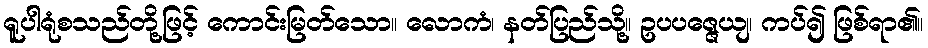
ရူပါရုံစသည်တို့ဖြင့် ကောင်းမြတ်သော။ လောကံ၊ နတ်ပြည်သို့။ ဥပပဇ္ဇေယျ၊ ကပ်၍ ဖြစ်ရာ၏။